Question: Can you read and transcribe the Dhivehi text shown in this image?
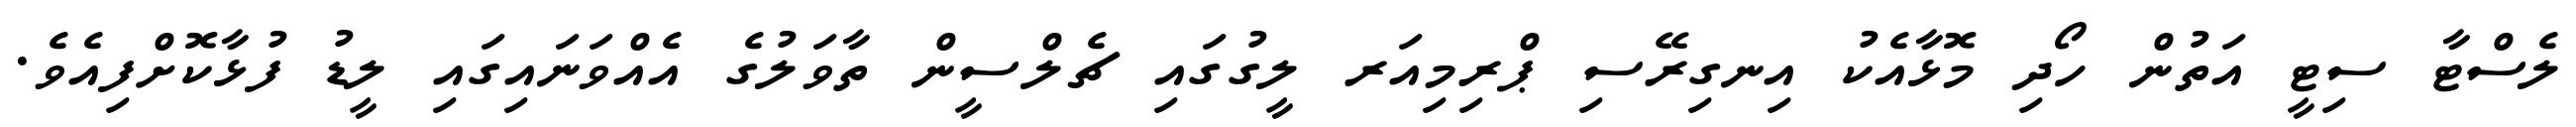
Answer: ލެސްޓާ ސިޓީ އަތުން ހޯދި މޮޅާއެކު އިނގިރޭސި ޕްރިމިއަރ ލީގުގައި ޗެލްސީން ތާވަލުގެ އެއްވަނައިގައި ލީޑު ފުޅާކޮށްފިއެވެ.